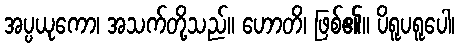
အပ္ပယုကော၊ အသက်တို့သည်။ ဟောတိ၊ ဖြစ်၏။ ပိရူပရူပေါ၊